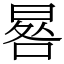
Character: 晷